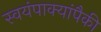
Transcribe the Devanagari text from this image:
स्वयंपाक्यांपैकी